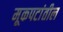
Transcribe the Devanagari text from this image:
मूकपटांतील